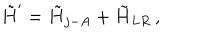
\tilde { H } ^ { \prime } = \tilde { H } _ { j - A } + \tilde { H } _ { L R } \, ,